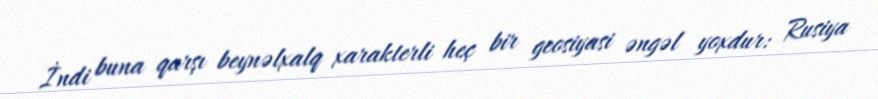
İndi buna qarşı beynəlxalq xarakterli heç bir geosiyasi əngəl yoxdur: Rusiya